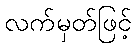
လက်မှတ်ဖြင့်